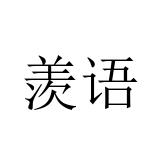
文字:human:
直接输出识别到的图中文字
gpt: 羡语